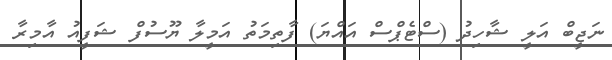
ނަޖީބް އަލީ ޝާހިދު (ސްޓެޕްސް އައްޔަ) ފާތިމަތު އަމީލާ ޔޫސުފް ޝަފީއު އާމިރާ